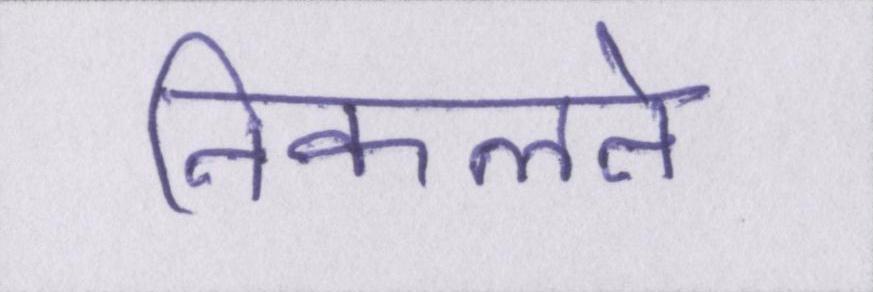
निकलने